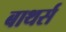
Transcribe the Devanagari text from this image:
बाथर्स